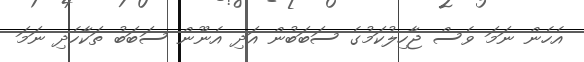
އެހެން ނަމަ ވެސް ޖާހިލުކަމުގެ ސަބަބުން އަދި އެނޫން ސަބަބު ތަކާހެދި ނަމަ